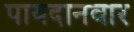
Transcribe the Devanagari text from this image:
पायदानवार